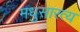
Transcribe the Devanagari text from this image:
मधुसारत्य